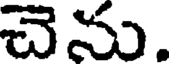
చెను.